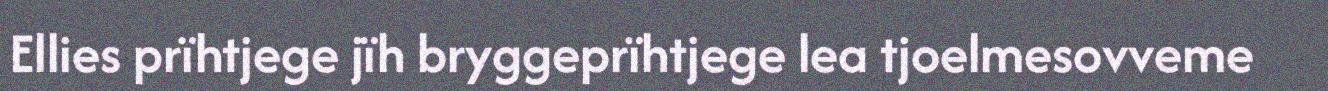
Ellies prïhtjege jïh bryggeprïhtjege lea tjoelmesovveme